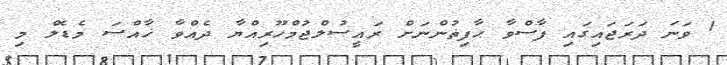
1 ވަނަ ދަރަޖައިގައި ފާސްވާ ޙާފިޡުންނަށް ރައީސުލްޖުމްހޫރިއްޔާ ދެއްވާ ޚާއްޞަ މެޑެލް މި